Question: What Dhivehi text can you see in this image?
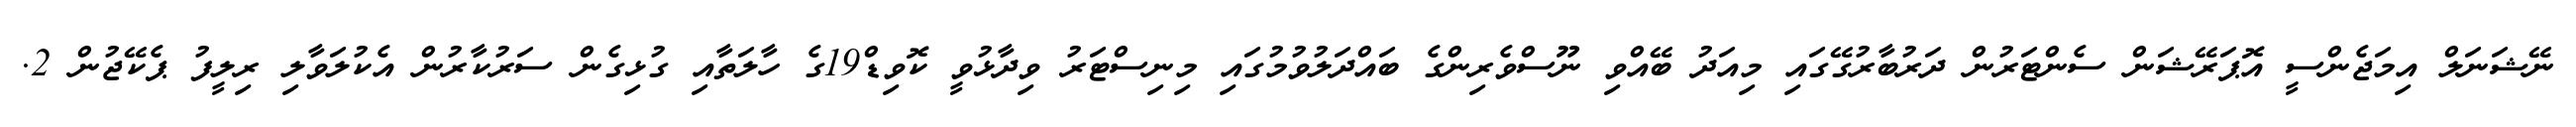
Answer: ނޭޝަނަލް އިމަޖެންސީ އޮޕަރޭޝަން ސެންޓަރުން ދަރުބާރުގޭގައި މިއަދު ބޭއްވި ނޫސްވެރިންގެ ބައްދަލުވުމުގައި މިނިސްޓަރު ވިދާޅުވީ ކޮވިޑް19ގެ ހާލަތާއި ގުޅިގެން ސަރުކާރުން އެކުލަވާލި ރިލީފު ޕެކޭޖުން 2.